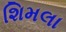
શિમલા